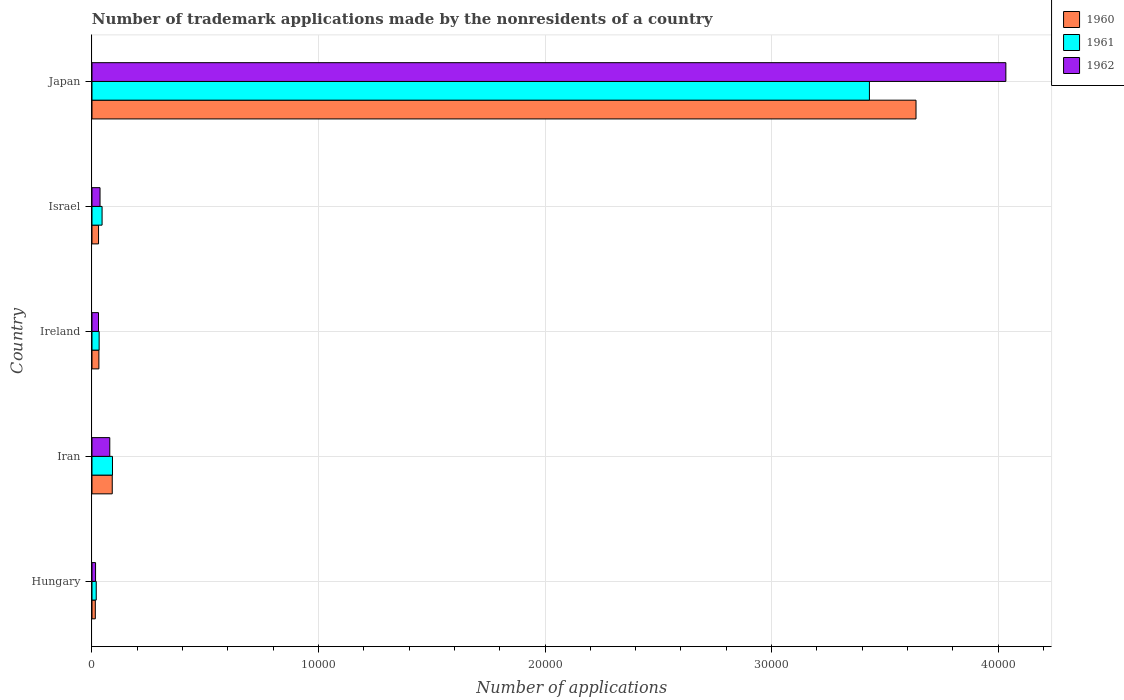
| Country | 1960 | 1961 | 1962 |
 | --- | --- | --- | --- |
 | Hungary | 147 | 188 | 158 |
 | Iran | 895 | 905 | 786 |
 | Ireland | 305 | 316 | 288 |
 | Israel | 290 | 446 | 355 |
 | Japan | 3.64e+04 | 3.43e+04 | 4.03e+04 |